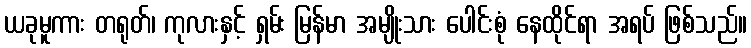
ယခုမူကား တရုတ်၊ ကုလားနှင့် ရှမ်း မြန်မာ အမျိုးသား ပေါင်းစုံ နေထိုင်ရာ အရပ် ဖြစ်သည်။